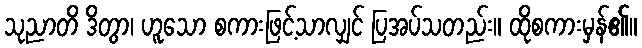
သုညာတိ ဒိတွာ၊ ဟူသော စကားဖြင့်သာလျှင် ပြအပ်သတည်း။ ထိုစကားမှန်၏။